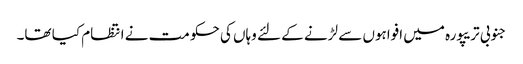
جنوبی تریپورہ میں افواہوں سے لڑنے کے لئے وہاں کی حکومت نے انتظام کیا تھا۔